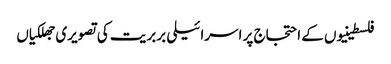
فلسطینیوں کے احتجاج پر اسرائیلی بربریت کی تصویری جھلکیاں